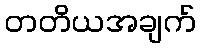
တတိယအချက်